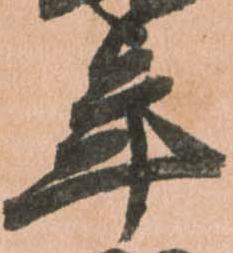
年